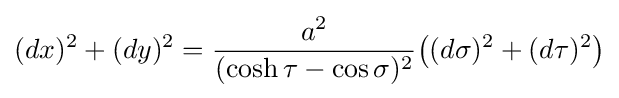
(dx)^{2}+(dy)^{2}={\frac {a^{2}}{(\cosh \tau -\cos \sigma )^{2}}}{\bigl (}(d\sigma )^{2}+(d\tau )^{2}{\bigr )}